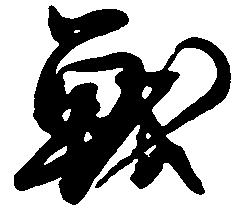
戦